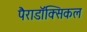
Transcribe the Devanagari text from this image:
पैराडॉक्सिकल